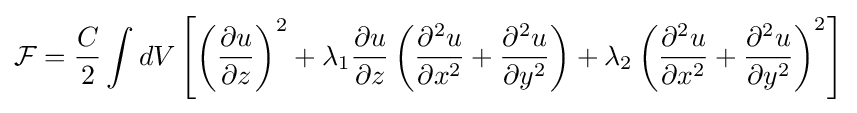
{\mathcal {F}}={\frac {C}{2}}\int dV\left[\left({\frac {\partial u}{\partial z}}\right)^{2}+\lambda _{1}{\frac {\partial u}{\partial z}}\left({\frac {\partial ^{2}u}{\partial x^{2}}}+{\frac {\partial ^{2}u}{\partial y^{2}}}\right)+\lambda _{2}\left({\frac {\partial ^{2}u}{\partial x^{2}}}+{\frac {\partial ^{2}u}{\partial y^{2}}}\right)^{2}\right]